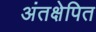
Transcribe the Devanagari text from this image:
अंतक्षेपित